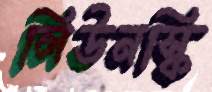
লিউনস্কি